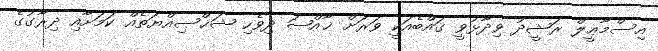
އިސްމާޢީލް ރަޝީދު ވިދާޅުވީ ގައްބެއަކީ ވަރަށް ޚާއްޞަ ދިވެހި ޝަޚްޞިއްޔަތެއް ކަމަށާއި ދިރާގުގެ